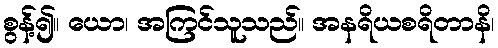
စွန့်၍။ ယော၊ အကြင်သူသည်။ အနရိယစရိတာနိ၊